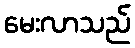
မေးလာသည်